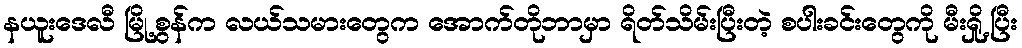
နယူးဒေလီ မြို့စွန်က လယ်သမားတွေက အောက်တိုဘာမှာ ရိတ်သိမ်းပြီးတဲ့ စပါးခင်းတွေကို မီးရှို့ပြီး